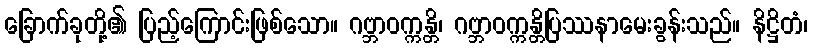
ခြောက်ခုတို့၏ ပြည့်ကြောင်းဖြစ်သော။ ဂဗ္ဘာဝက္ကန္တိ၊ ဂဗ္ဘာဝက္ကန္တိပြဿနာမေးခွန်းသည်။ နိဋ္ဌိတံ၊